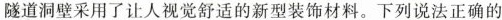
隧道洞壁采用了让人视觉舒适的新型装饰材料。下列说法正确的